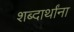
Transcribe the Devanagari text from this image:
शब्दार्थांना